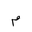
Letter: _mim